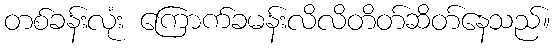
တစ်ခန်းလုံး ကြောက်ခမန်းလိလိတိတ်ဆိတ်နေသည်။